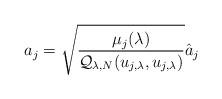
LaTeX: \begin{align*}a_j=\sqrt{\frac{\mu_j(\lambda)}{\mathcal Q_{\lambda,N}(u_{j,\lambda},u_{j,\lambda})}}\hat a_j\end{align*}